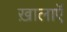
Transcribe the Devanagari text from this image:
ख़ालाएॅ